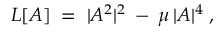
{ \cal { L } } [ A ] \; = \; | A ^ { 2 } | ^ { 2 } \: - \: \mu \: | A | ^ { 4 } \; ,